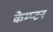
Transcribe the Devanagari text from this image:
केम्प्टन